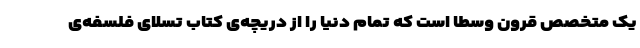
یک متخصص قرون وسطا است که تمام دنیا را از دریچه‌ی کتاب تسلای فلسفه‌ی